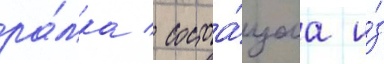
ра́мка / состоа́щаа и́з